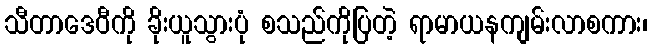
သီတာဒေဝီကို ခိုးယူသွားပုံ စသည်ကိုပြတဲ့ ရာမာယနကျမ်းလာစကား၊